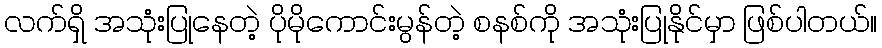
လက်ရှိ အသုံးပြုနေတဲ့ ပိုမိုကောင်းမွန်တဲ့ စနစ်ကို အသုံးပြုနိုင်မှာ ဖြစ်ပါတယ်။